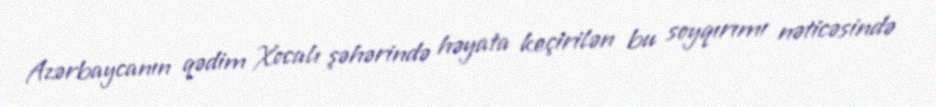
Azərbaycanın qədim Xocalı şəhərində həyata keçirilən bu soyqırımı nəticəsində